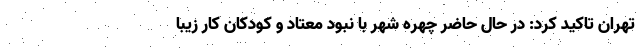
تهران تاکید کرد: در حال حاضر چهره شهر با نبود معتاد و کودکان کار زیبا